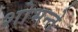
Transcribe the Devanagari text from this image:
शोभन्ते